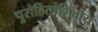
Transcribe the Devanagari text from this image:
पुरोहितांशिवाय